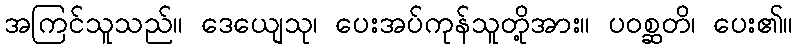
အကြင်သူသည်။ ဒေယျေသု၊ ပေးအပ်ကုန်သူတို့အား။ ပဝစ္ဆတိ၊ ပေး၏။